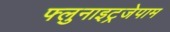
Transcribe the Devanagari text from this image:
फ्लुनाइट्रजेपाम